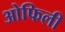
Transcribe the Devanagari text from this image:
ओफिली